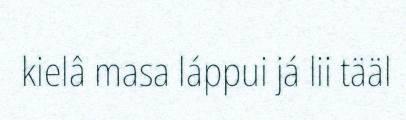
kielâ masa láppui já lii tääl